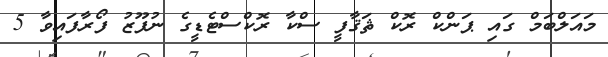
މައަލްބަމް ގައި ޕަންކް ރޮކް ޘަޤާފީ ސްކާ ރޮކްސްޓެޑީގެ ނުފޫޒު ފޯރާފައިވާ 5